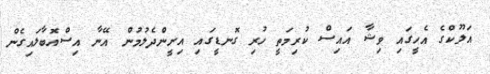
އަލޫކްގެ އެހީގައި ވިޝާ އައިސް ކުރިމަތީ ހުރި ގޮނޑީގައި އިށީންދެލުމުން އޭނާ އިސްއޮބާލައިގެން